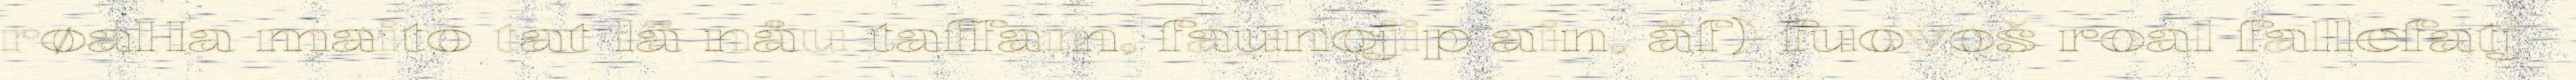
røaHa maito tat lä nåu taffam, faunojip ain, äf) fuovoš roal fallefatj